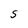
Character: S